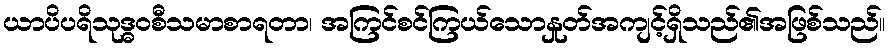
ယာပိပရိသုဒ္ဓဝစီသမာစာရတာ၊ အကြင်စင်ကြယ်သောနှုတ်အကျင့်ရှိသည်၏အဖြစ်သည်။